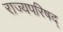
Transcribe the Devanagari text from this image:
राज्यपरिषद्